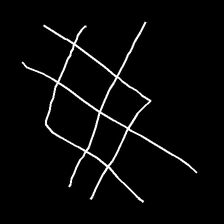
Glyph: crystal